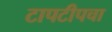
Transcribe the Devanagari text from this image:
टापटीपचा